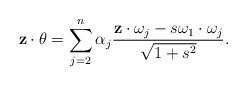
LaTeX: \begin{align*} \mathbf z \cdot \theta=\sum_{j=2}^{n}\alpha_j\frac{\mathbf z\cdot \omega_j-s\omega_1\cdot \omega_j}{\sqrt{1+s^2}}. \end{align*}